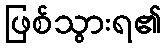
ဖြစ်သွားရ၏